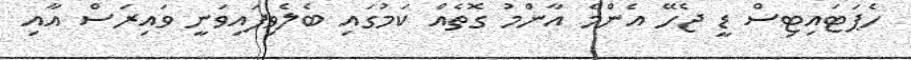
ހެޕަޓައިޓިސް ޑީ ޖެހޭ އެންމެ އާންމު ގޮތެއް ކަމުގައި ބެލެވިފައިވަނީ ވައިރަސް އާއި